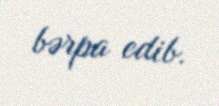
bərpa edib.